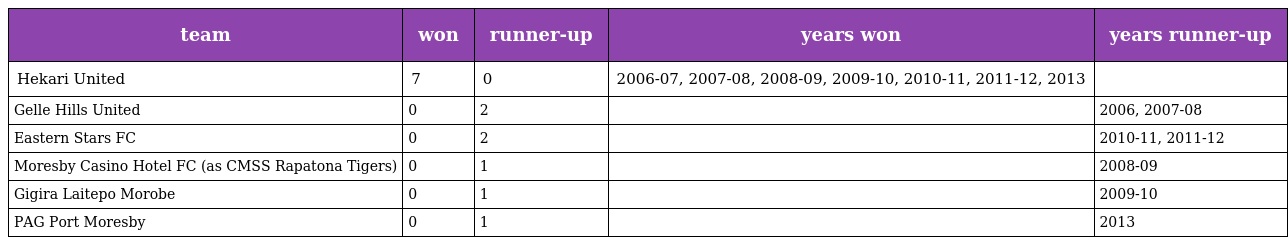
| team | won | runner-up | years won | years runner-up |
 | --- | --- | --- | --- | --- |
 | Hekari United | 7 | 0 | 2006-07, 2007-08, 2008-09, 2009-10, 2010-11, 2011-12, 2013 |  |
 | Gelle Hills United | 0 | 2 |  | 2006, 2007-08 |
 | Eastern Stars FC | 0 | 2 |  | 2010-11, 2011-12 |
 | Moresby Casino Hotel FC (as CMSS Rapatona Tigers) | 0 | 1 |  | 2008-09 |
 | Gigira Laitepo Morobe | 0 | 1 |  | 2009-10 |
 | PAG Port Moresby | 0 | 1 |  | 2013 |